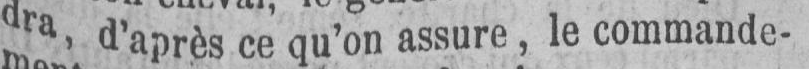
dra, d’après ce qu’on assure, le commande-